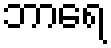
ဘာရေ